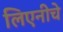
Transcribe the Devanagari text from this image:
लिएनीचे